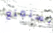
تستمتع